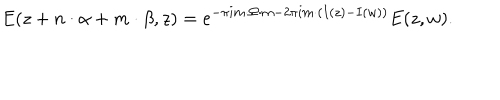
E ( z + { n } \cdot { \alpha } + { m } \cdot { \beta } , z ) = e ^ { - \pi i m \cdot \Omega \cdot m - 2 \pi i m \cdot \left( I ( z ) - I ( w ) \right) } E ( z , w ) .